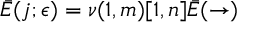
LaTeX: \bar { E } ( j ; \epsilon ) = \nu ( 1 , m ) [ 1 , n ] \bar { E } ( \rightarrow )